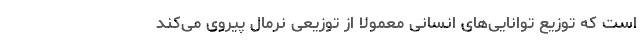
است که توزیع توانایی‌های انسانی معمولاً از توزیعی نرمال پیروی می‌کند